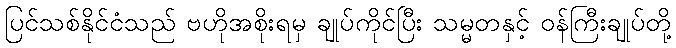
ပြင်သစ်နိုင်ငံသည် ဗဟိုအစိုးရမှ ချုပ်ကိုင်ပြီး သမ္မတနှင့် ဝန်ကြီးချုပ်တို့